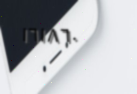
١٦١٨٦٠